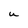
Character: u